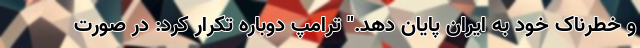
و خطرناک خود به ایران پایان دهد." ترامپ دوباره تکرار کرد: در صورت